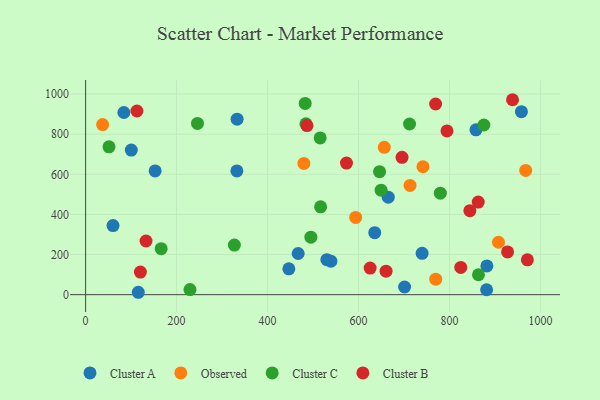
{"axis": {"x": "Study Hours", "y": "Rating"}, "legend": ["Cluster A", "Cluster B", "Cluster C", "Observed"], "data": [{"x": "467.2", "y": 205.3, "type": "Cluster A"}, {"x": "701.1", "y": 38.1, "type": "Cluster A"}, {"x": "60.3", "y": 344.4, "type": "Cluster A"}, {"x": "957.9", "y": 912.6, "type": "Cluster A"}, {"x": "530.2", "y": 174.3, "type": "Cluster A"}, {"x": "152.8", "y": 616.9, "type": "Cluster A"}, {"x": "115.8", "y": 11.9, "type": "Cluster A"}, {"x": "84.1", "y": 908.3, "type": "Cluster A"}, {"x": "332.5", "y": 617.2, "type": "Cluster A"}, {"x": "635.5", "y": 308.9, "type": "Cluster A"}, {"x": "333.0", "y": 874.8, "type": "Cluster A"}, {"x": "858.0", "y": 822.0, "type": "Cluster A"}, {"x": "100.4", "y": 721.1, "type": "Cluster A"}, {"x": "882.0", "y": 143.2, "type": "Cluster A"}, {"x": "665.2", "y": 486.3, "type": "Cluster A"}, {"x": "539.1", "y": 166.9, "type": "Cluster A"}, {"x": "446.7", "y": 128.9, "type": "Cluster A"}, {"x": "881.4", "y": 24.5, "type": "Cluster A"}, {"x": "739.6", "y": 206.3, "type": "Cluster A"}, {"x": "769.6", "y": 77.3, "type": "Observed"}, {"x": "593.6", "y": 385.0, "type": "Observed"}, {"x": "656.5", "y": 734.9, "type": "Observed"}, {"x": "741.5", "y": 638.2, "type": "Observed"}, {"x": "907.5", "y": 261.4, "type": "Observed"}, {"x": "37.4", "y": 847.9, "type": "Observed"}, {"x": "479.8", "y": 654.5, "type": "Observed"}, {"x": "713.1", "y": 544.8, "type": "Observed"}, {"x": "967.3", "y": 619.4, "type": "Observed"}, {"x": "245.9", "y": 853.9, "type": "Cluster C"}, {"x": "649.5", "y": 520.9, "type": "Cluster C"}, {"x": "166.1", "y": 229.2, "type": "Cluster C"}, {"x": "516.5", "y": 437.8, "type": "Cluster C"}, {"x": "229.4", "y": 25.2, "type": "Cluster C"}, {"x": "51.4", "y": 737.2, "type": "Cluster C"}, {"x": "863.5", "y": 99.4, "type": "Cluster C"}, {"x": "646.1", "y": 613.3, "type": "Cluster C"}, {"x": "515.6", "y": 781.6, "type": "Cluster C"}, {"x": "495.1", "y": 286.7, "type": "Cluster C"}, {"x": "779.7", "y": 506.0, "type": "Cluster C"}, {"x": "484.2", "y": 852.1, "type": "Cluster C"}, {"x": "327.0", "y": 247.1, "type": "Cluster C"}, {"x": "712.0", "y": 850.9, "type": "Cluster C"}, {"x": "875.4", "y": 845.9, "type": "Cluster C"}, {"x": "482.6", "y": 953.6, "type": "Cluster C"}, {"x": "573.4", "y": 655.9, "type": "Cluster B"}, {"x": "938.4", "y": 972.0, "type": "Cluster B"}, {"x": "112.8", "y": 915.9, "type": "Cluster B"}, {"x": "132.8", "y": 267.6, "type": "Cluster B"}, {"x": "971.0", "y": 173.6, "type": "Cluster B"}, {"x": "927.5", "y": 213.3, "type": "Cluster B"}, {"x": "844.6", "y": 418.9, "type": "Cluster B"}, {"x": "486.5", "y": 843.0, "type": "Cluster B"}, {"x": "695.5", "y": 685.0, "type": "Cluster B"}, {"x": "794.3", "y": 816.5, "type": "Cluster B"}, {"x": "863.0", "y": 461.9, "type": "Cluster B"}, {"x": "625.4", "y": 132.8, "type": "Cluster B"}, {"x": "769.3", "y": 950.7, "type": "Cluster B"}, {"x": "120.4", "y": 112.8, "type": "Cluster B"}, {"x": "824.6", "y": 135.7, "type": "Cluster B"}, {"x": "660.4", "y": 117.1, "type": "Cluster B"}]}